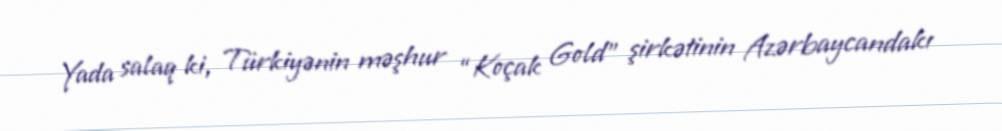
Yada salaq ki, Türkiyənin məşhur “Koçak Gold” şirkətinin Azərbaycandakı